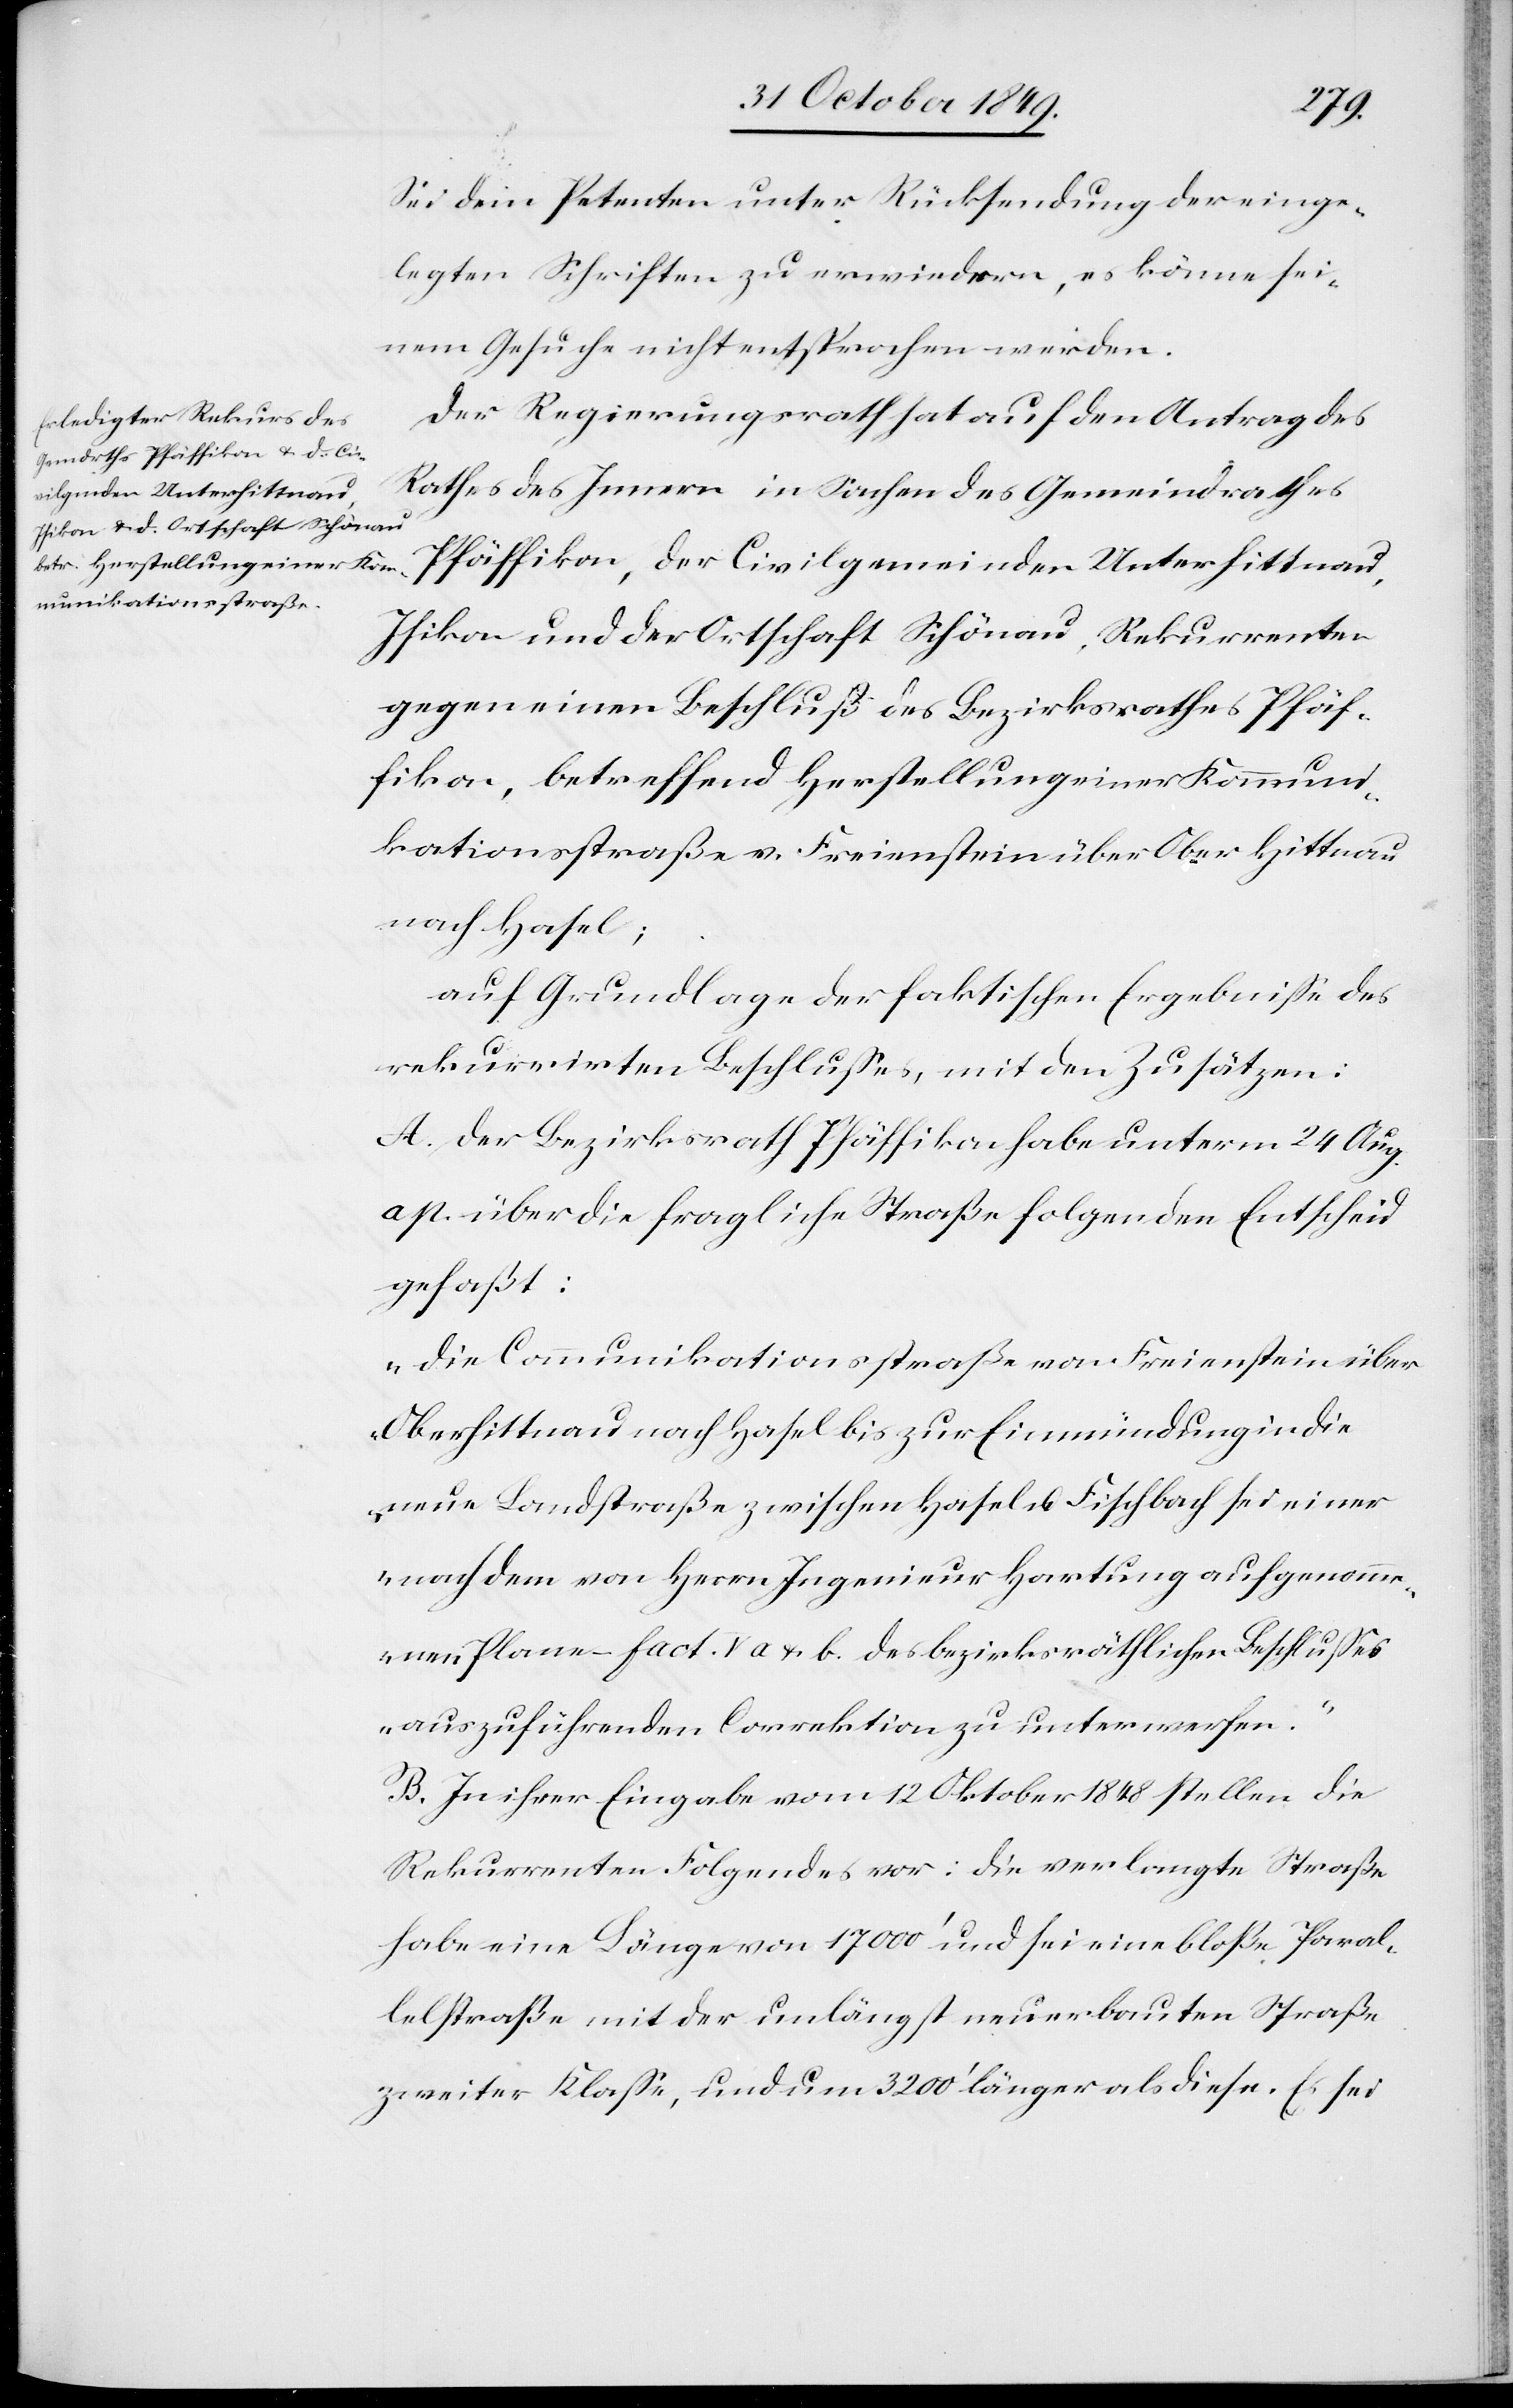
Sei dem Petenten unter Rücksendung der einge¬
legten Schriften zu erwiedern, es könne sei¬
nem Gesuche nicht entsprochen werden.
Der Regierungsrath hat auf den Antrag des
Rathes des Innern in Sachen des Gemeindrathes
Pfäffikon, der Civilgemeinden Unterhittnau,
Isikon und der Ortschaft Schönau, Rekurrenten
gegen einen Beschluß des Bezirksrathes Pfäf¬
fikon, betreffend Herstellung einer Kommuni¬
kationsstraße v. Freienstein über Ober-Hittnau
nach Hasel;
auf Grundlage der faktischen Ergebniße des
rekurrirten Beschlußes, mit den Zusätzen:
A. Der Bezirksrath Pfäffikon habe unterm 24 Aug.
ap. über die fragliche Straße folgenden Entscheid
gefaßt:
„Die Communikationsstraße von Freienstein über
Oberhittnau nach Hasel bis zur Einmündung in die
neue Landstraße zwischen Hasel u. Fischbach sei einer
nach dem von Herrn Ingenieur Hartung aufgenomme¬
nen Plane – fact. V a. u. b. des bezirksräthlichen Beschlußes
auszuführenden Correktion zu unterwerfen.“
B. In ihrer Eingabe vom 12 Oktober 1848 stellen die
Rekurrenten Folgendes vor: Die verlangte Straße
habe eine Länge von 17000’ und sei eine bloße Paral¬
lelstraße mit der unlängst neu erbauten Straße
zweiter Klaße, und um 3200’ länger als diese. Es sei